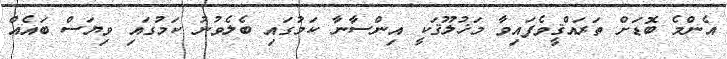
އެންމެ ބޮޑަށް ތަރައްޤީވެފައިވާ މަޚުލޫޤަކީ އިންސާނާ ކަމުގައި ބެލެވުނު ކަމުގައި ވިޔަސް ބައެއް